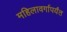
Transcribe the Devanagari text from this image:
महिलावर्गापर्यंत